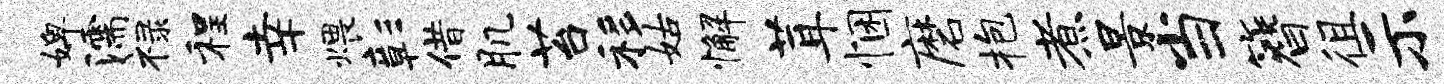
婢濡禄程幸煨彰借肌苔移姑懈茸悃磨抱煮景当簪徂示